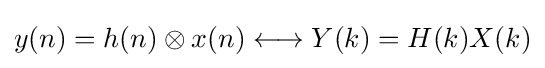
y(n)=h(n)\otimes x(n)\longleftrightarrow Y(k)=H(k)X(k)